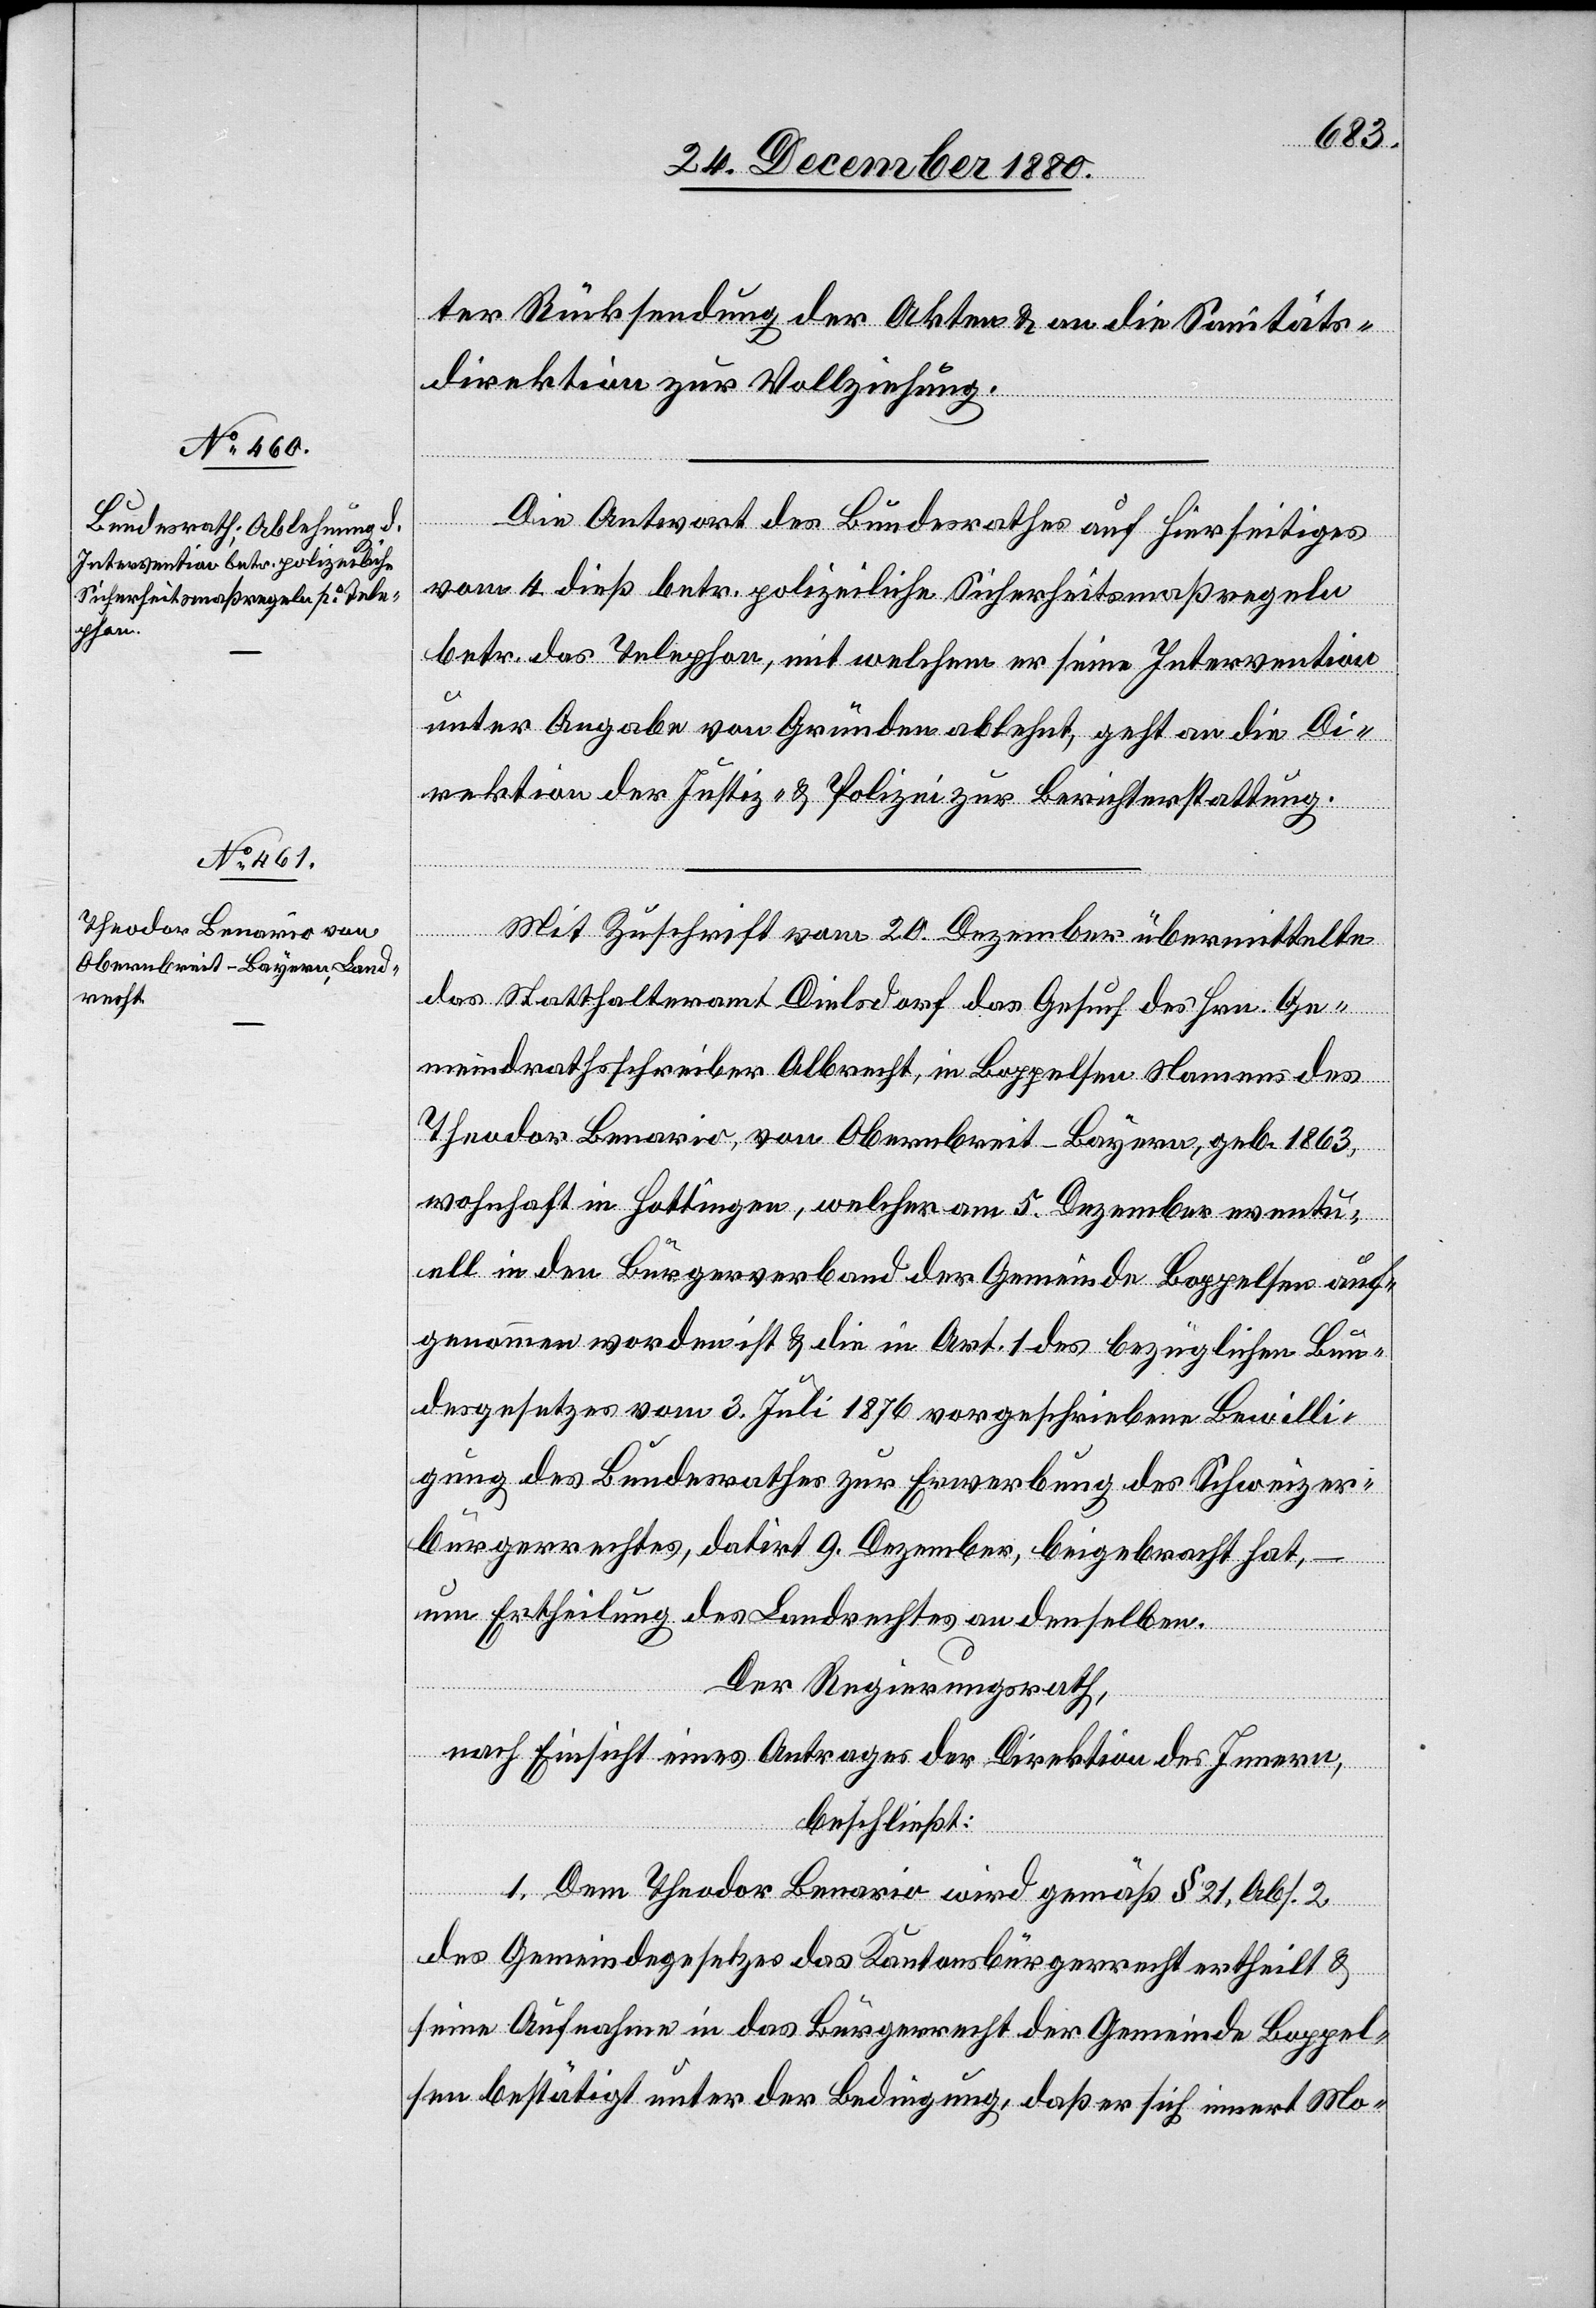
ter Rücksendung der Akten & an die Sanitäts¬
direktion zur Vollziehung.
Die Antwort des Bundesrathes auf hierseitiges
vom 4. dieß betr. polizeiliche Sicherheitsmaßregeln
betr. das Telephon, mit welchem er seine Intervention
unter Angabe von Gründen ablehnt, geht an die Di¬
rektion der Justiz- & Polizei zur Berichterstattung.
Mit Zuschrift vom 20. Dezember übermittelte
das Statthalteramt Dielsdorf das Gesuch des Hrn. Ge¬
meindrathsschreiber Albrecht, in Boppelsen Namens des
Theodor Benario, von Obernbreit - Bayern, geb. 1863,
wohnhaft in Hottingen, welcher am 5. Dezember eventu¬
ell in den Bürgerverband der Gemeinde Boppelsen auf¬
genommen worden ist & die in Art. 1 des bezüglichen Bun¬
desgesetzes vom 3. Juli 1876 vorgeschriebene Bewilli¬
gung des Bundesrathes zur Erwerbung des Schweizer¬
bürgerrechtes, datirt 9. Dezember, beigebracht hat,
um Ertheilung des Landrechtes an denselben.
Der Regierungsrath,
nach Einsicht eines Antrages der Direktion des Innern,
beschließt:
1. Dem Theodor Benario wird gemäß § 21, Abs. 2
des Gemeindegesetzes das Kantonsbürgerrecht ertheilt &
seine Aufnahme in das Bürgerrecht der Gemeinde Boppel¬
sen bestätigt unter der Bedingung, daß er sich innert Mo-